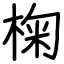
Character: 椈